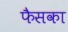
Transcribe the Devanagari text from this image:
फैसका